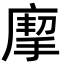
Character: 𢊏